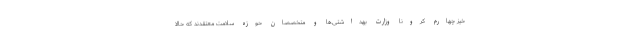
خیز چهارم کرونا وزارت بهداشتی‌ها و متخصصان حوزه سلامت معتقدند که حالا